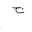
Letter: _gim